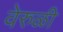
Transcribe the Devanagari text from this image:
वेरुळी